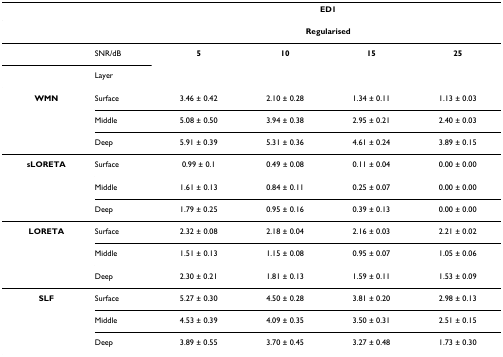
|  |  | <COLSPAN=4> ED1 |
 | --- | --- | --- | --- | --- | --- |
 |  |  | <COLSPAN=4> Regularised |
 |  | SNR/dB | 5 | 10 | 15 | 25 |
 |  | Layer |  |  |  |  |
 | WMN | Surface | 3.46 ± 0.42 | 2.10 ± 0.28 | 1.34 ± 0.11 | 1.13 ± 0.03 |
 |  | Middle | 5.08 ± 0.50 | 3.94 ± 0.38 | 2.95 ± 0.21 | 2.40 ± 0.03 |
 |  | Deep | 5.91 ± 0.39 | 5.31 ± 0.36 | 4.61 ± 0.24 | 3.89 ± 0.15 |
 | sLORETA | Surface | 0.99 ± 0.1 | 0.49 ± 0.08 | 0.11 ± 0.04 | 0.00 ± 0.00 |
 |  | Middle | 1.61 ± 0.13 | 0.84 ± 0.11 | 0.25 ± 0.07 | 0.00 ± 0.00 |
 |  | Deep | 1.79 ± 0.25 | 0.95 ± 0.16 | 0.39 ± 0.13 | 0.00 ± 0.00 |
 | LORETA | Surface | 2.32 ± 0.08 | 2.18 ± 0.04 | 2.16 ± 0.03 | 2.21 ± 0.02 |
 |  | Middle | 1.51 ± 0.13 | 1.15 ± 0.08 | 0.95 ± 0.07 | 1.05 ± 0.06 |
 |  | Deep | 2.30 ± 0.21 | 1.81 ± 0.13 | 1.59 ± 0.11 | 1.53 ± 0.09 |
 | SLF | Surface | 5.27 ± 0.30 | 4.50 ± 0.28 | 3.81 ± 0.20 | 2.98 ± 0.13 |
 |  | Middle | 4.53 ± 0.39 | 4.09 ± 0.35 | 3.50 ± 0.31 | 2.51 ± 0.15 |
 |  | Deep | 3.89 ± 0.55 | 3.70 ± 0.45 | 3.27 ± 0.48 | 1.73 ± 0.30 |